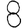
Digit: 8